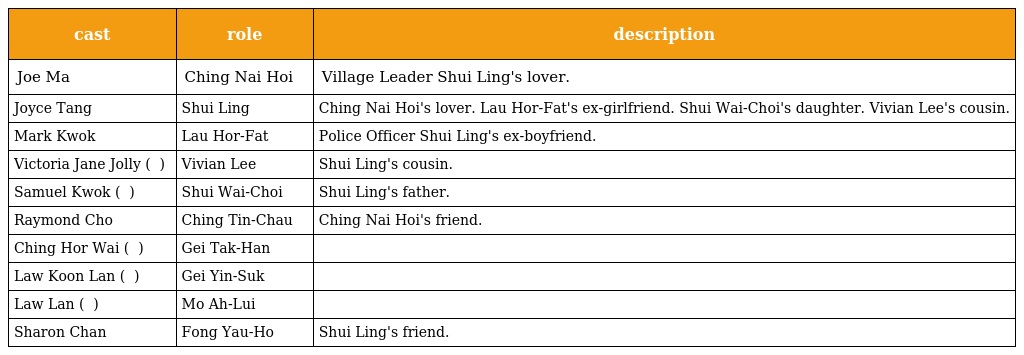
| cast | role | description |
 | --- | --- | --- |
 | Joe Ma | Ching Nai Hoi 程乃海 | Village Leader Shui Ling's lover. |
 | Joyce Tang | Shui Ling 水寧 | Ching Nai Hoi's lover. Lau Hor-Fat's ex-girlfriend. Shui Wai-Choi's daughter. Vivian Lee's cousin. |
 | Mark Kwok | Lau Hor-Fat 劉可發 | Police Officer Shui Ling's ex-boyfriend. |
 | Victoria Jane Jolly ( 左慧琪 ) | Vivian Lee | Shui Ling's cousin. |
 | Samuel Kwok ( 郭鋒 ) | Shui Wai-Choi 水偉才 | Shui Ling's father. |
 | Raymond Cho | Ching Tin-Chau 程天就 | Ching Nai Hoi's friend. |
 | Ching Hor Wai ( 程可為 ) | Gei Tak-Han 紀德嫻 |  |
 | Law Koon Lan ( 羅冠蘭 ) | Gei Yin-Suk 紀賢淑 |  |
 | Law Lan ( 羅蘭 ) | Mo Ah-Lui 巫阿女 |  |
 | Sharon Chan | Fong Yau-Ho 方友好 | Shui Ling's friend. |